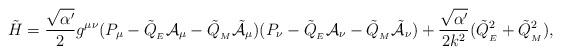
LaTeX: \begin{align*}\tilde{H} = \frac{\sqrt{\alpha^\prime}}{2}g^{\mu \nu}(P_\mu - \tilde{Q}_{_{E}}{\cal A}_\mu - \tilde{Q}_{_{M}}\tilde{\cal A}_\mu)(P_\nu - \tilde{Q}_{_{E}}{\cal A}_\nu - \tilde{Q}_{_{M}}\tilde{\cal A}_\nu) + \frac{\sqrt{\alpha^\prime}}{2k^2}({\tilde{Q}_{_{E}}}^2 + {\tilde{Q}_{_{M}}}^2),\end{align*}